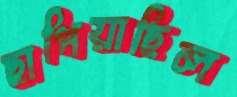
ছাপিয়াছিল